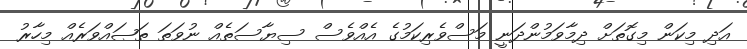
އަދި މިކަން މިގޮތަށް ދިމާވަމުންދަނީ މަސްވެރިކަމުގެ އެއްވެސް ސިޔާސަތެއް ނުވަތަ ތަޞައްވަރެއް މިހާރު